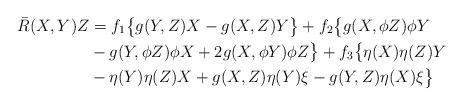
LaTeX: \begin{align*}\bar{R}(X,Y)Z &=f_1\big\{g(Y,Z)X-g(X,Z)Y\big\}+f_2\big\{g(X,\phi Z)\phi Y\\& - g(Y,\phi Z)\phi X + 2g(X,\phi Y)\phi Z\big\}+f_3\big\{\eta(X)\eta(Z)Y\\& - \eta(Y)\eta(Z)X+g(X,Z)\eta(Y)\xi - g(Y,Z)\eta(X)\xi\big\}\end{align*}